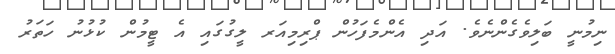
ނިމުނީ ބަލިވެގެންނެވެ. އަދި އެންމެފަހުން ޕްރިމިއަރ ލީގުގައި އެ ޓީމުން ކުޅުނު ހަތަރު